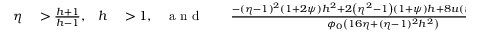
\begin{array} { r l r l r l r l } { \eta } & { { } > \frac { h + 1 } { h - 1 } , } & { h } & { { } > 1 , } & { \mathrm { ~ a ~ n ~ d ~ } } & { { } } & { \frac { - ( \eta - 1 ) ^ { 2 } ( 1 + 2 \psi ) h ^ { 2 } + 2 \left( \eta ^ { 2 } - 1 \right) \left( 1 + \psi \right) h + 8 u ( \psi + 1 ) - 1 6 \eta \psi } { \phi _ { 0 } \left( 1 6 \eta + ( \eta - 1 ) ^ { 2 } h ^ { 2 } \right) } } & { { } < \chi < \frac { 1 } { \phi _ { 0 } } \; , } \end{array}